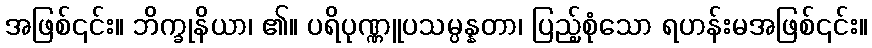
အဖြစ်၎င်း။ ဘိက္ခုနိယာ၊ ၏။ ပရိပုဏ္ဏူပသမ္ပန္နတာ၊ ပြည့်စုံသော ရဟန်းမအဖြစ်၎င်း။